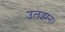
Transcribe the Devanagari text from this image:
उलझन।